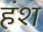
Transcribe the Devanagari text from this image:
हंश